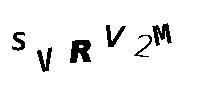
SVRV2M